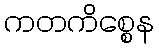
ကတကိစ္စေန